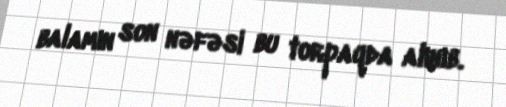
balamın son nəfəsi bu torpaqda alınıb.